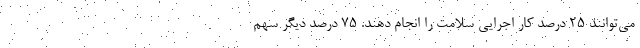
می‌توانند ۲۵ درصد کار اجرایی سلامت را انجام دهند. ۷۵ درصد دیگر سهم